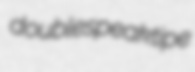
doublespeak tipe